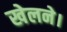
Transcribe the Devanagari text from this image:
खेलने।